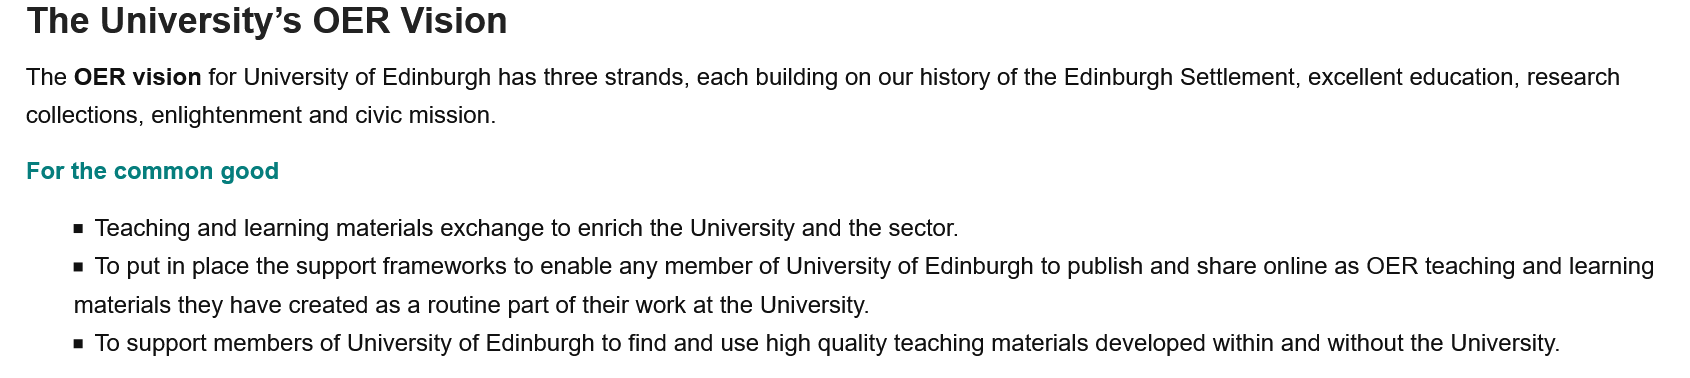
The   University’s    OER    Vision
   The OER vision for University of Edinburgh has three strands, each building on our history of the Edinburgh Settlement, excellent education, research
   collections, enlightenment and civic mission.
   For the common good
     = Teaching and learning materials exchange to enrich the University and the sector.
     = To put in place the support frameworks to enable any member of University of Edinburgh to publish and share online as OER teaching and learning
     materials they have created as a routine part of their work at the University.
     = To support members of University of Edinburgh to find and use high quality teaching materials developed within and without the University.